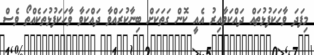
މިފަދަ ވާހަކަފުޅުތައް ދައްކަވާއިރު އެއީ ކޮން ގަތަކަށް ބިނާކުރައްވާ ދައްކަވާ ވާހަކަފުޅުތަކެއްތޯ ވެސް